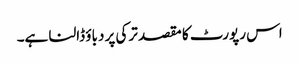
اس رپورٹ کا مقصد ترکی پر دباؤ ڈالنا ہے۔